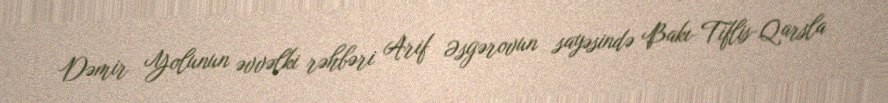
Dəmir Yolunun əvvəlki rəhbəri Arif Əsgərovun sayəsində Bakı-Tiflis-Qarsla